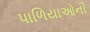
પાળિયાઓની